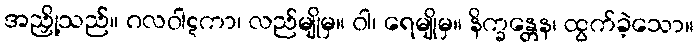
အညှို့သည်။ ဂလဝါဋကာ၊ လည်မျိုမှ။ ဝါ၊ ရေမျိုမှ။ နိက္ခန္တေန၊ ထွက်ခဲ့သော။